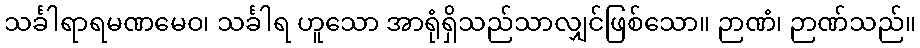
သင်္ခါရာရမဏမေဝ၊ သင်္ခါရ ဟူသော အာရုံရှိသည်သာလျှင်ဖြစ်သော။ ဉာဏံ၊ ဉာဏ်သည်။